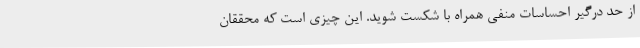
از حد درگیر احساسات منفی همراه با شکست شوید. این چیزی است که محققان